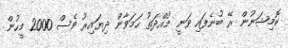
ކޮމިޝަނުން ރޭ ބުނެފައި ވަނީ މުއްދަތު ހަމަވާން ދިޔައިރު ވެސް 2000 މީހުން